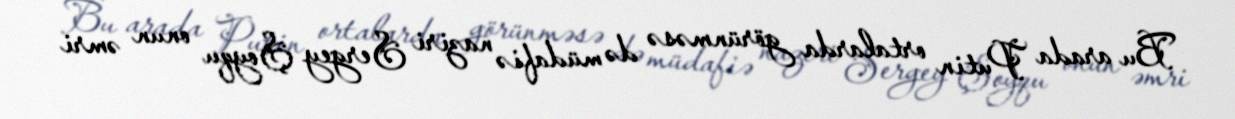
Bu arada Putin ortalarda görünməsə də müdafiə naziri Sergey Şoyqu onun əmri